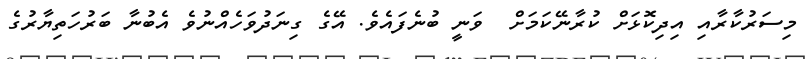
މިސަރުކާރާއި އިދިކޮޅަށް ކުރާނޭކަމަށް  ވަނީ ބުނެފައެވެ. އޭގެ ގިނަދުވަހެއްނުވެ އެބުނާ ބަރުހަތިޔާރުގެ